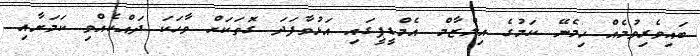
ބައިވެރިވުމެއް ހިމެނޭ ކަމުގެ އިލްޒާމް އެމްޑީޕީގައި އަޅުވާފަދަ ގޮތަކަށް ވާހަކަ ދައްކެއްވި ކަމަށާއި